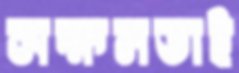
সক্ষমতাই